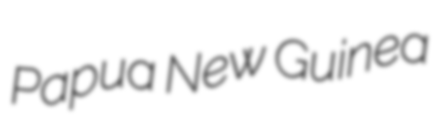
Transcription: Papua New Guinea